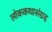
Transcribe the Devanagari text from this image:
लोककथासंग्रह